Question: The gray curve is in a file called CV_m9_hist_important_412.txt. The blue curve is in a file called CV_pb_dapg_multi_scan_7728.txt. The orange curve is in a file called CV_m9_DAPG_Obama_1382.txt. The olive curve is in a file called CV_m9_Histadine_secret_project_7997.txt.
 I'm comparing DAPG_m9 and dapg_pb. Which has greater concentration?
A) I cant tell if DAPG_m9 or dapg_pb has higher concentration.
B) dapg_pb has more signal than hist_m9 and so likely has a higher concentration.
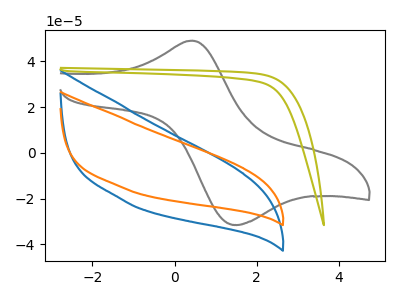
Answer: <think>The gray curve "hist_m9" has an anodic peak at (0.45V, 49.05uA) and a cathodic peak at (1.55V, -31.45uA). The blue curve "dapg_pb" has no peaks. The orange curve "DAPG_m9" has no peaks. The olive curve "Histadine_m9" has no peaks.
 Neither "DAPG_m9" or "dapg_pb" have any peaks.</think>
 <answer>A) I cant tell if "DAPG_m9" or "dapg_pb" has higher concentration.</answer>
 <eval>A</eval>